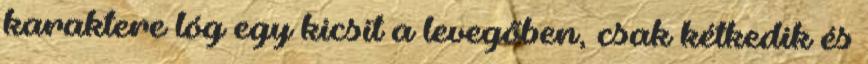
karaktere lóg egy kicsit a levegőben, csak kétkedik és